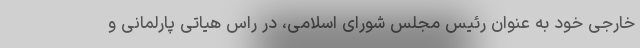
خارجی خود به عنوان رئیس مجلس شورای اسلامی، در راس هیاتی پارلمانی و